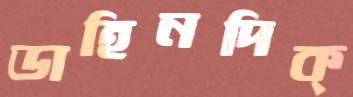
ডাহিনদিক্‌